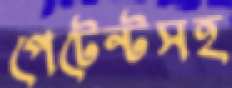
পেটেন্টসহ